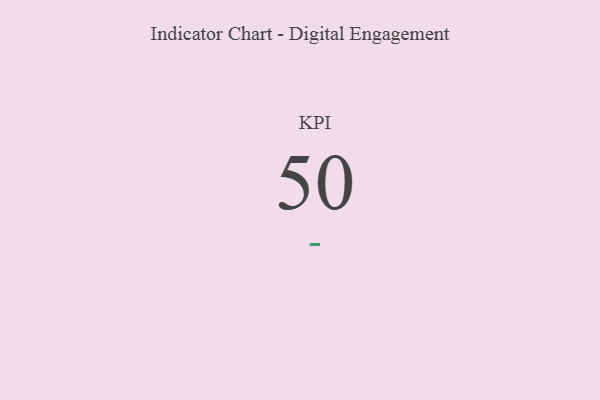
{"axis": {"x": "KPI", "y": "Value"}, "legend": [""], "data": [{"x": "KPI", "y": 50, "type": ""}]}